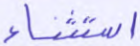
استثناء